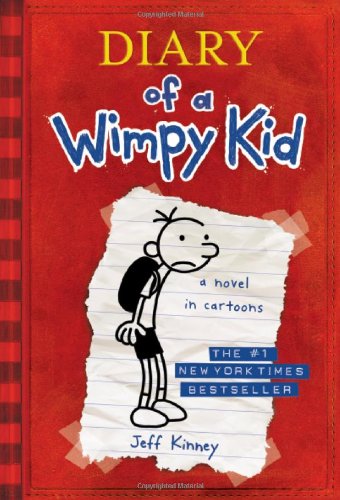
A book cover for Diary of a Wimpy Kid, Book 1; Jeff Kinney; Children's Books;